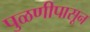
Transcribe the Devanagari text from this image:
पुळणीपासून